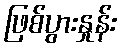
ဖြစ်ပွားနှုန်း